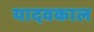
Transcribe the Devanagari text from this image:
यादवकाल